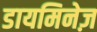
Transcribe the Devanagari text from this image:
डायमिनेज़